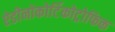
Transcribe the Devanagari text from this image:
ऐडीनोकोर्टिकोट्रोफिक